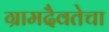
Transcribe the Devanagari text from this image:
ग्रामदैवतेचा